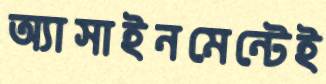
অ্যাসাইনমেন্টেই